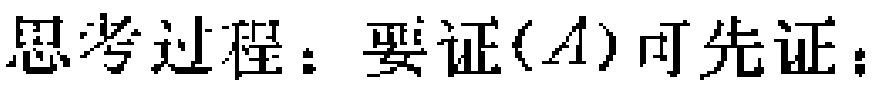
思考过程：要证$(A)$可先证：